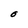
Character: O